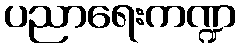
ပညာရေးကဏ္ဍ